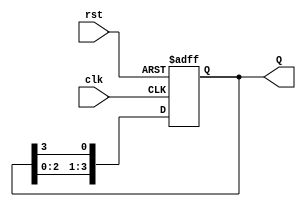
module ring_counter (
  input wire clk,
  input wire rst,
  output reg [3:0] Q
);

reg [3:0] next_Q;

always @(posedge clk or posedge rst) begin
  if (rst) begin
    Q <= 4'b0001;
  end else begin
    Q <= next_Q;
  end
end

always @* begin
  next_Q[0] = Q[3];
  next_Q[1] = Q[0];
  next_Q[2] = Q[1];
  next_Q[3] = Q[2];
end

endmodule